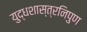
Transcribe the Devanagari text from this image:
युद्धशास्त्रनिपुण